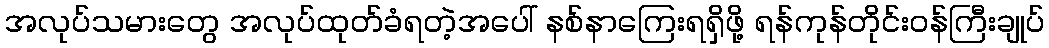
အလုပ်သမားတွေ အလုပ်ထုတ်ခံရတဲ့အပေါ် နစ်နာကြေးရရှိဖို့ ရန်ကုန်တိုင်းဝန်ကြီးချုပ်